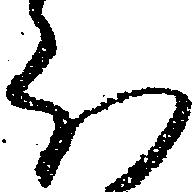
被